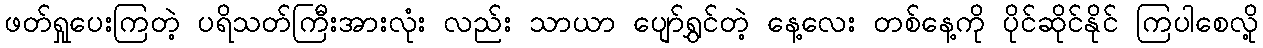
ဖတ်ရှုပေးကြတဲ့ ပရိသတ်ကြီးအားလုံး လည်း သာယာ ပျော်ရွှင်တဲ့ နေ့လေး တစ်နေ့ကို ပိုင်ဆိုင်နိုင် ကြပါစေလို့